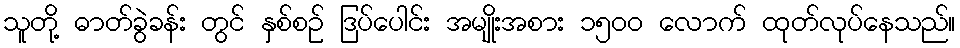
သူတို့ ဓာတ်ခွဲခန်း တွင် နှစ်စဉ် ဒြပ်ပေါင်း အမျိုးအစား ၁၅၀၀ လောက် ထုတ်လုပ်နေသည်။